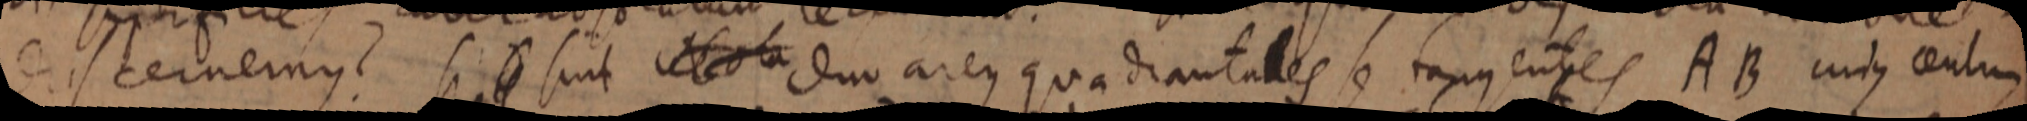
discernemus? si sint recta duo areus quadrantales se tangentes AB cujus centrum